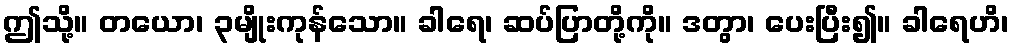
ဤသို့။ တယော၊ ၃မျိုးကုန်သော။ ခါရေ၊ ဆပ်ပြာတို့ကို။ ဒတွာ၊ ပေးပြီး၍။ ခါရေဟိ၊